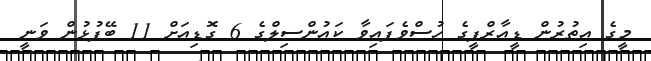
މީގެ އިތުރުން ޑީއާރްޕީގެ ހުސްވެފައިވާ ކައުންސިލްގެ 6 ގޮޑިއަށް 11 ބޭފުޅުން ވަނީ